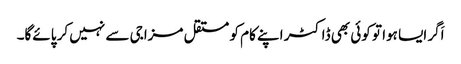
اَگر ایسا ہوا تو کوئی بھی ڈاکٹر اپنے کام کو مستقل مزاجی سے نہیں کر پائے‌گا۔